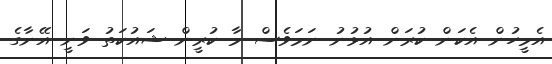
އެމީހުން އެކަން ކުރަން އުޅުނު ނަމަވެސް މާ ކުރީން ޝައުކަތު ވަނީ އޭނާގެ